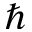
\hbar